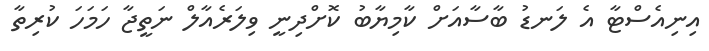
އިނިއެސްޓާ އެ ލަނޑު ބާސާއަށް ކާމިޔާބު ކޮށްދިނީ ވިލަރެއާލް ނަތީޖާ ހަމަހަ ކުރިތާ